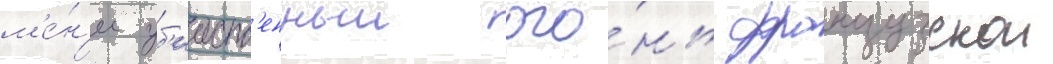
м'е́н'ее уб'ииств'енныи ого́нь французскои